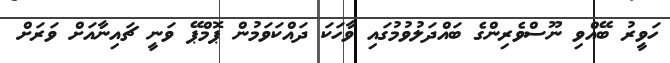
ހަވީރު ބޭއްވި ނޫސްވެރިންގެ ބައްދަލުވުމުގައި ވާހަކަ ދައްކަވަމުން ޕޮމްޕޭ ވަނީ ޗައިނާއަށް ވަރަށް